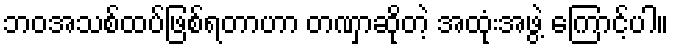
ဘဝအသစ်ထပ်ဖြစ်ရတာဟာ တဏှာဆိုတဲ့ အထုံးအဖွဲ့ ကြောင့်ပါ။